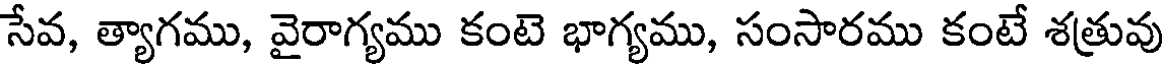
సేవ, త్యాగము, వైరాగ్యము కంటె భాగ్యము, సంసారము కంటే శత్రువు